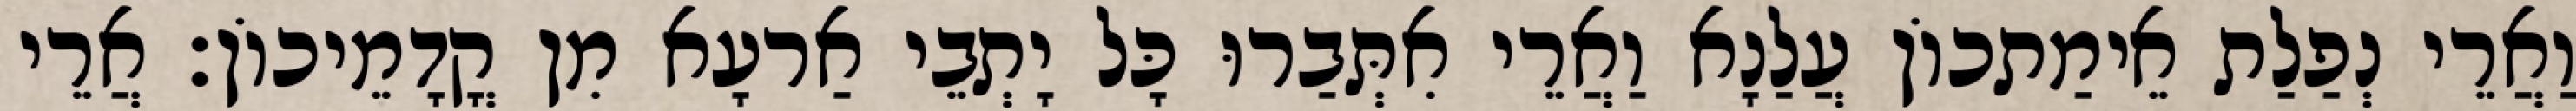
וַאֲרֵי נְפַלַת אֵימַתכוֹן עֲלַנָא וַאֲרֵי אִתְּבַרוּ כָּל יָתְבֵי אַרעָא מִן קֳדָמֵיכוֹן׃ אֲרֵי